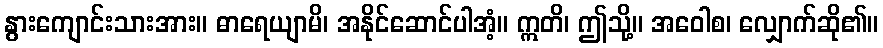
နွားကျောင်းသားအား။ ဓာရေယျာမိ၊ အနိုင်ဆောင်ပါအံ့။ ဣတိ၊ ဤသို့။ အဝေါစ၊ လျှောက်ဆို၏။